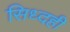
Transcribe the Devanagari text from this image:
सिध्दही